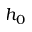
h _ { 0 }